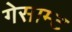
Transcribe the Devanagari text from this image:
गेसाम्ट